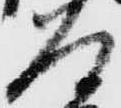
道